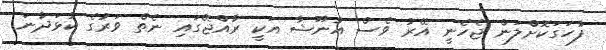
ފާހަގަކޮށްލަން ޖެހެނީ އޭރު ވެސް އުނޫޝާ އަކީ ރާއްޖޭގައި ނެތް ވަރުގެ ކުޅަދާނަ